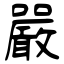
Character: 嚴